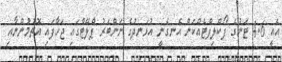
އެއީ 4.6 ޓަނުގެ ފޯކްލިފްޓެއްކަން އެނގެނީ އުޅަނދުގެ ނަންބަރު ޕްލޭޓްގައި ޖަހާފައި އޮތުމުންނާއި